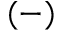
^ { ( - ) }